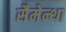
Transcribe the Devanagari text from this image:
सैमेन्था